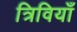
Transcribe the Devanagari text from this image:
त्रिवियाँ